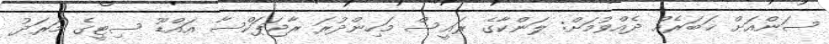
ސަންއަށް ޚަބަރެއް ދެއްވުމަށް: ލަންކާގެ ރައީސް މަހިންދުރަ ރާޖަޕަކްސާ އައްޑޫ ސިޓީގެ މަރަދު